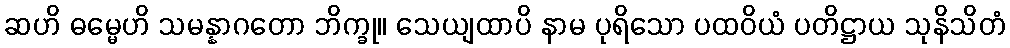
ဆဟိ ဓမ္မေဟိ သမန္နာဂတော ဘိက္ခု။ သေယျထာပိ နာမ ပုရိသော ပထဝိယံ ပတိဋ္ဌာယ သုနိသိတံ